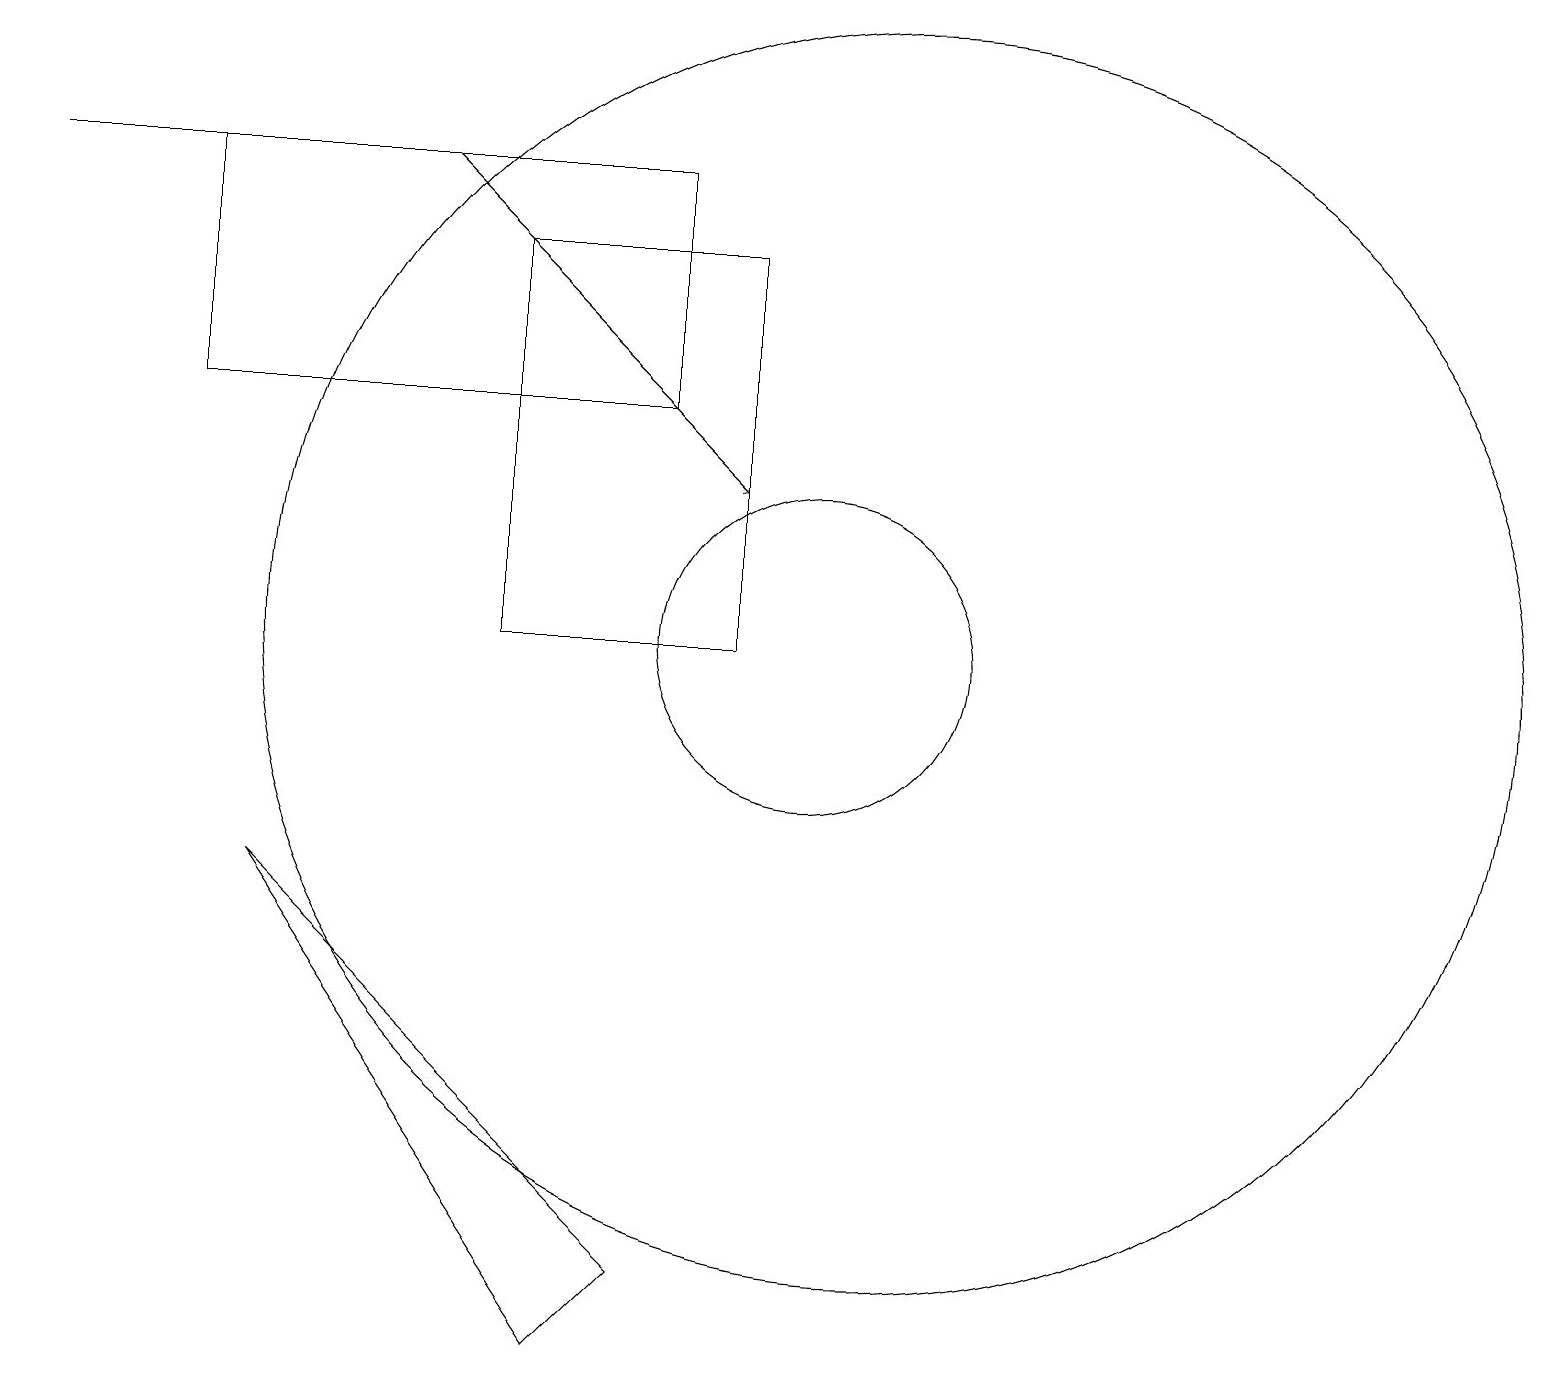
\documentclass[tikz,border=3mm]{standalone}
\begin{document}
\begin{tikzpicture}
\draw (11,11) circle (8);
\draw (6,16) rectangle (9,11);
\draw (10,11) circle (2);
\draw (3,8) -- (7,2) -- (8,3) -- cycle;
\draw[->] (5,17) -- (9,13);
\draw (5,17) rectangle (0,17);
\draw (8,14) rectangle (2,17);
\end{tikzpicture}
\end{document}